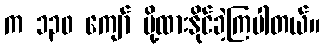
က ၁၃၀ ကျော် ပို့ထားနိုင်ခဲ့ကြပါတယ်။